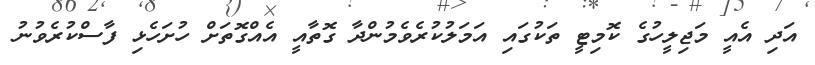
އަދި އެއީ މަޖިލީހުގެ ކޮމިޓީ ތަކުގައި އަމަލުކުރެވެމުންދާ ގޮތާއީ އެއްގޮތަށް ހުށަހެޅި ފާސްކުރެވުނު